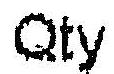
QTY